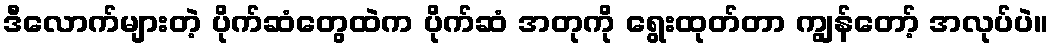
ဒီလောက်များတဲ့ ပိုက်ဆံတွေထဲက ပိုက်ဆံ အတုကို ရွေးထုတ်တာ ကျွန်တော့် အလုပ်ပဲ။